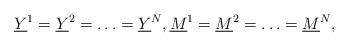
LaTeX: \begin{align*} \underline{Y}^1=\underline{Y}^2=\ldots=\underline{Y}^N,\underline{M}^1=\underline{M}^2=\ldots=\underline{M}^N,\end{align*}